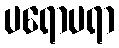
ပရောပရာ